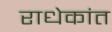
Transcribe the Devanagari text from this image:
राधेकांत